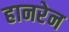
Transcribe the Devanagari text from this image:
हानरेन